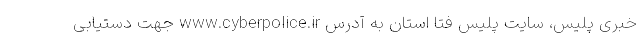
خبری پلیس، سایت پلیس فتا استان به آدرس www.cyberpolice.ir جهت دستیابی